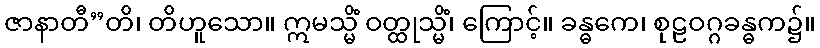
ဇာနာတီ”တိ၊ တိဟူသော။ ဣမသ္မိံ ဝတ္ထုသ္မိံ၊ ကြောင့်။ ခန္ဓကေ၊ စုဠဝဂ္ဂခန္ဓက၌။